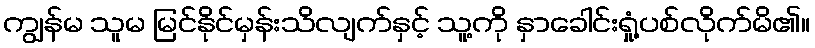
ကျွန်မ သူမ မြင်နိုင်မှန်းသိလျက်နှင့် သူ့ကို နှာခေါင်းရှုံ့ပစ်လိုက်မိ၏။